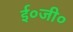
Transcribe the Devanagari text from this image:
ई०जी०